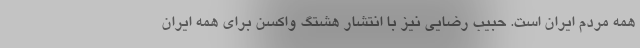
همه مردم ایران است. حبیب رضایی نیز با انتشار هشتگ واکسن برای همه ایران